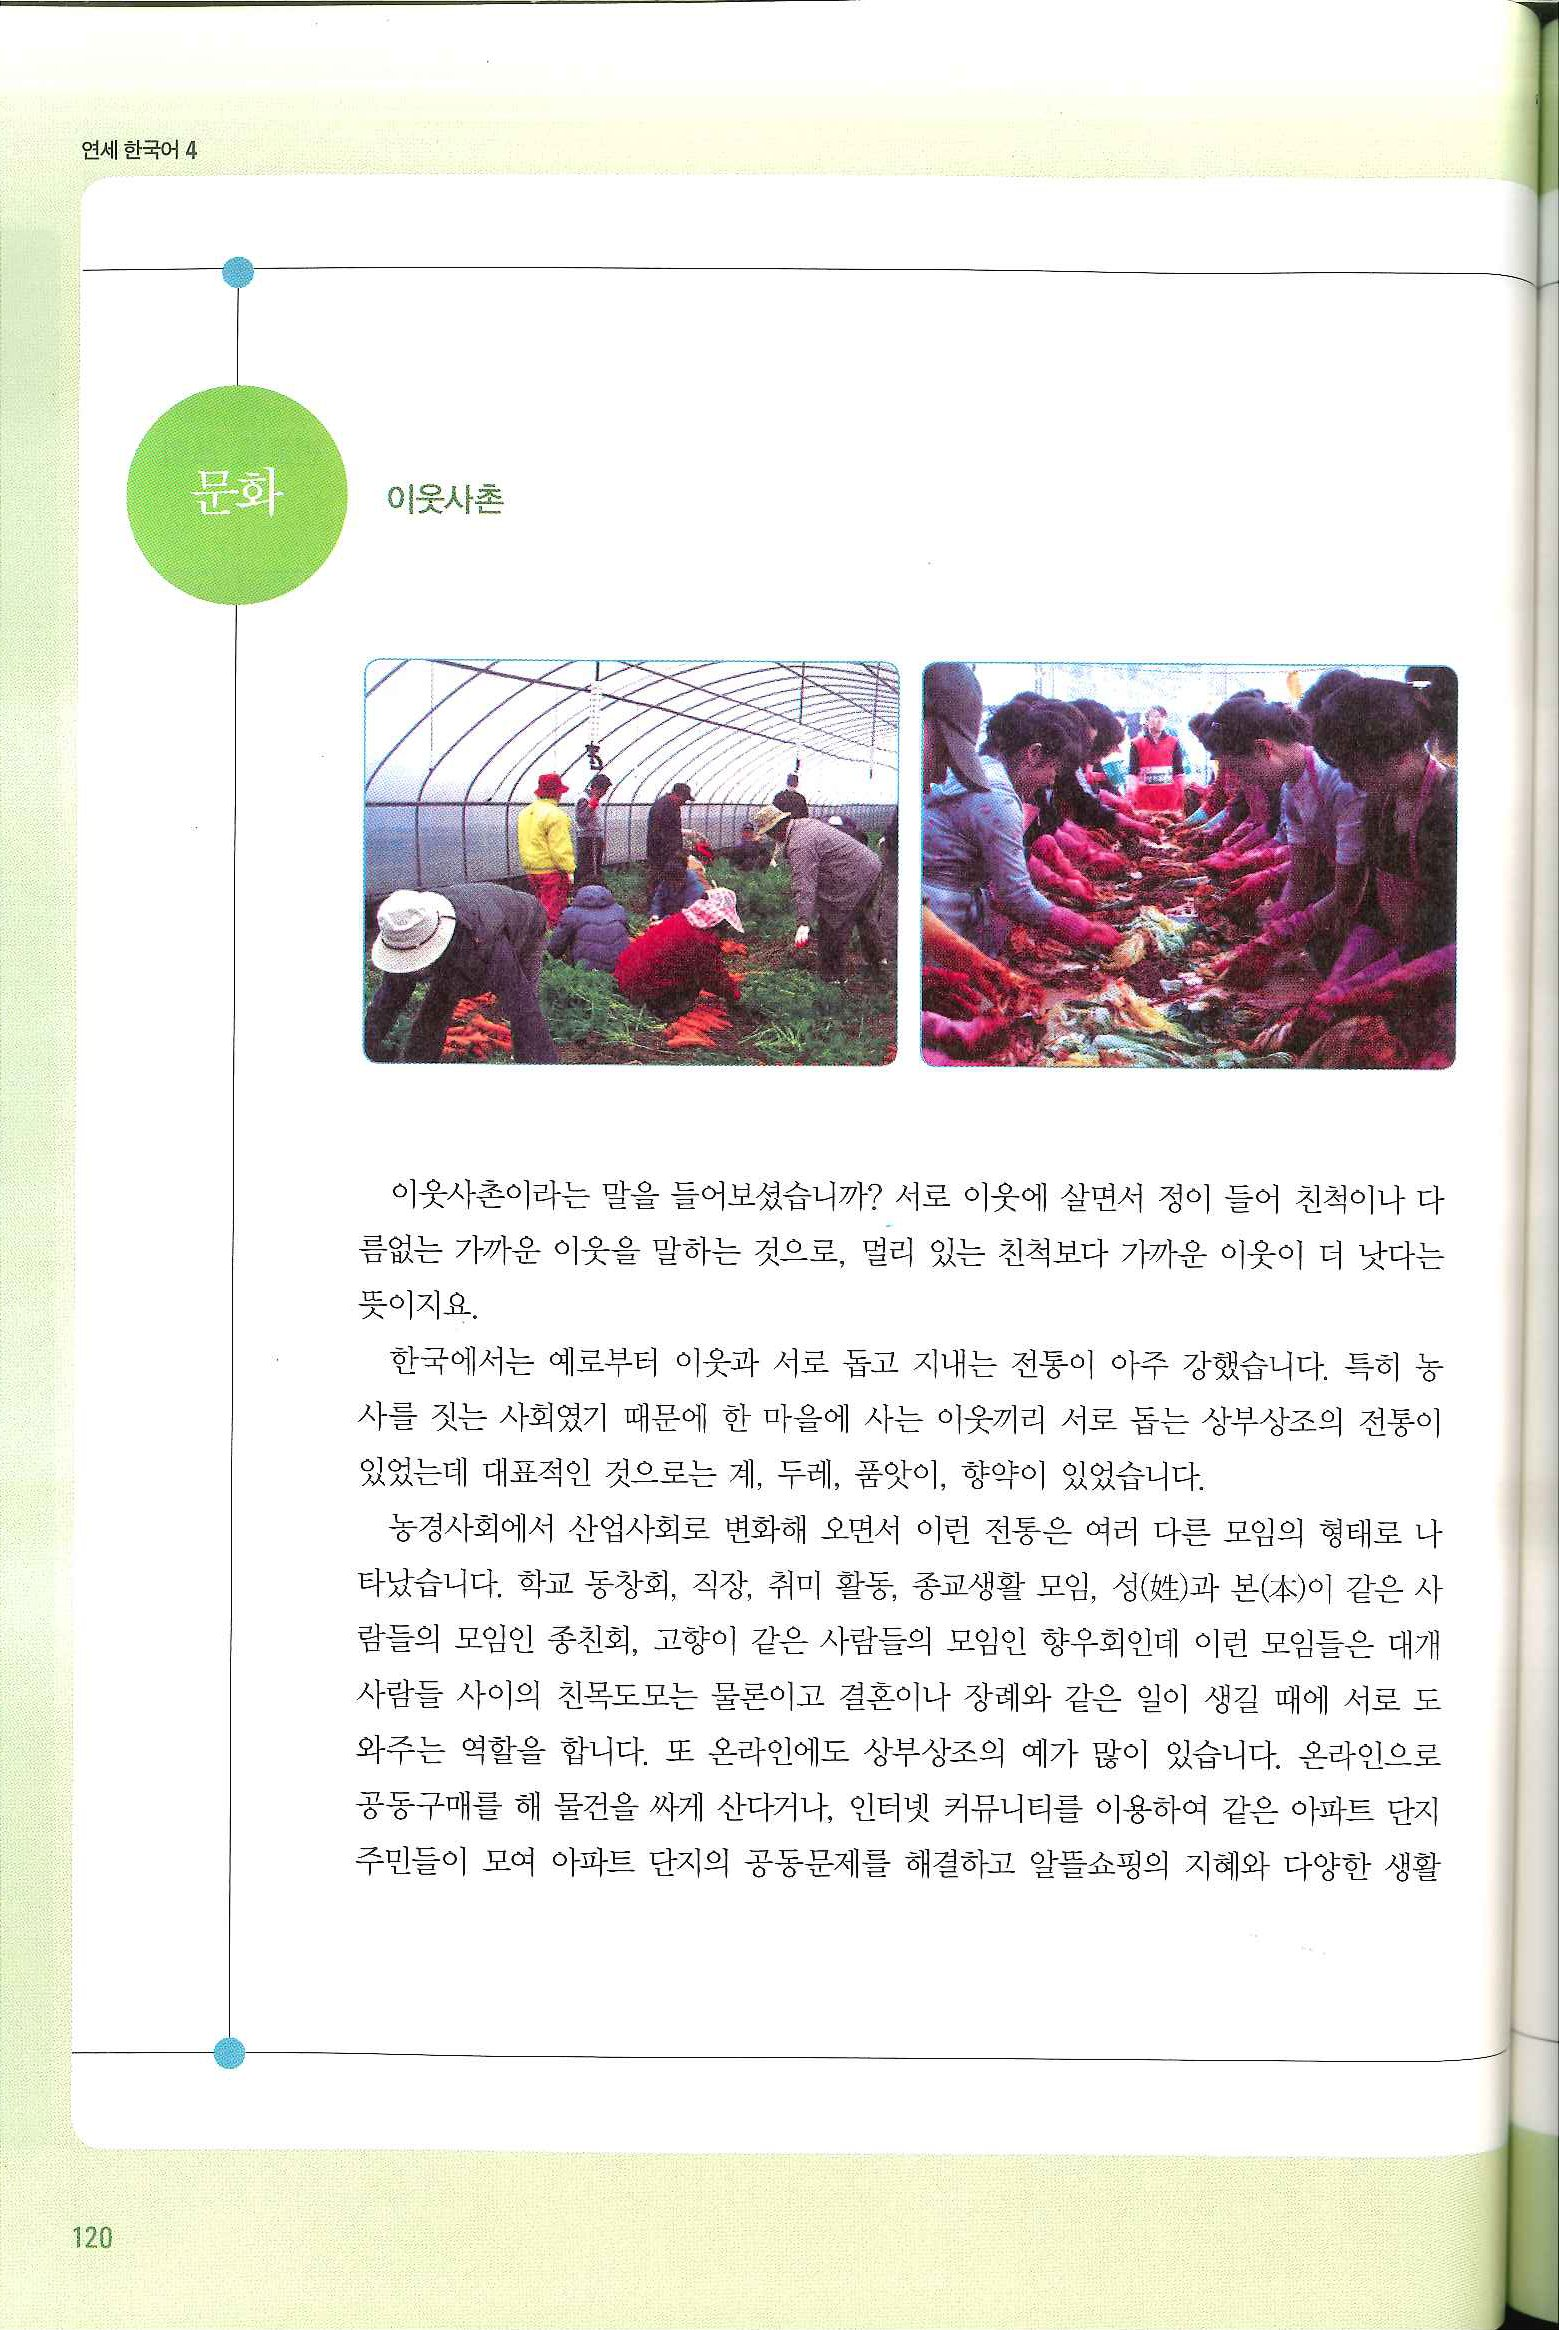
Language: ko